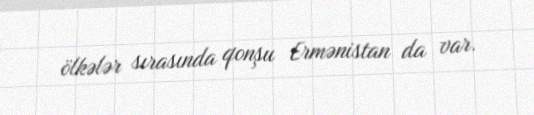
ölkələr sırasında qonşu Ermənistan da var.